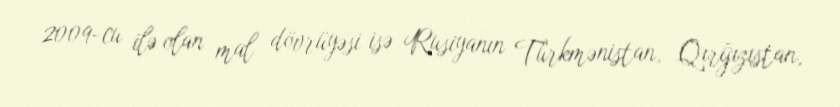
2009-cu ilə olan mal dövrüyəsi isə Rusiyanın Türkmənistan, Qırğızıstan,